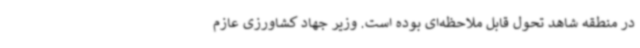
در منطقه شاهد تحول قابل ملاحظه‌ای بوده است. وزیر جهاد کشاورزی عازم